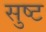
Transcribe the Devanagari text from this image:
सुष्ट